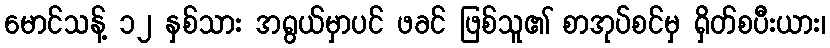
မောင်သန့် ၁၂ နှစ်သား အရွယ်မှာပင် ဖခင် ဖြစ်သူ၏ စာအုပ်စင်မှ ရှိတ်စပီးယား၊